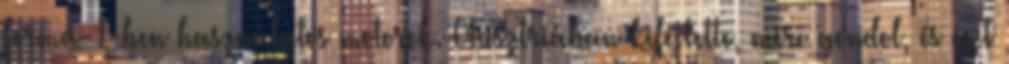
Forma-1-ben használatos motorok. Ausztriában kifejtette, mire gondol, és azt